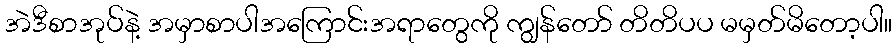
အဲဒီစာအုပ်နဲ့ အမှာစာပါအကြောင်းအရာတွေကို ကျွန်တော် တိတိပပ မမှတ်မိတော့ပါ။